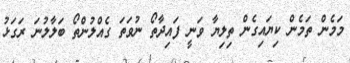
މަމެން ތަމެން ކިޔައިގެން ތިލިޔާ ވަނީ ފައިދާތޯ ނުވަތަ ގެއްލުންތޯ ބަލާލުނަ ރަގަޅު